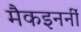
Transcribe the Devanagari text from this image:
मैकइनर्नी